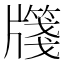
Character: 𭷎